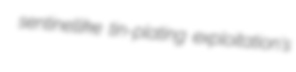
sentinellike tin-plating exploitation's